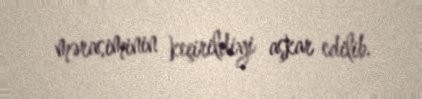
mərasiminin keçirildiyi aşkar edilib.